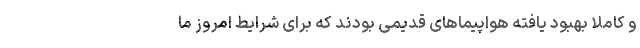
و کاملا بهبود یافته هواپیماهای قدیمی بودند که برای شرایط امروز ما